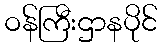
ဝန်ကြီးဌာနပိုင်